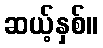
ဆယ့်နှစ်။